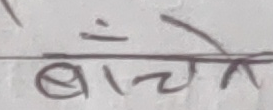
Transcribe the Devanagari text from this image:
बाँचेर